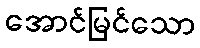
အောင်မြင်သော